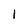
Character: 1